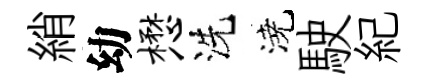
綃幼懋洗澆駛紀